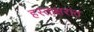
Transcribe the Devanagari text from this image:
हस्ताक्षरांत